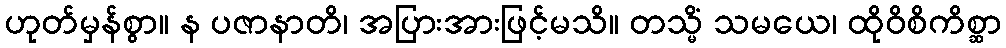
ဟုတ်မှန်စွာ။ န ပဇာနာတိ၊ အပြားအားဖြင့်မသိ။ တသ္မိံ သမယေ၊ ထိုဝိစိကိစ္ဆာ